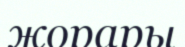
жорары